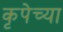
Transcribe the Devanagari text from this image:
कृपेच्या